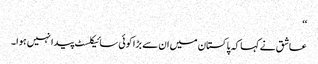
‘‘
عاشق نے کہا کہ پاکستان میں ان سے بڑا کوئی سائیکلسٹ پیدا نہیں ہوا۔